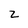
Character: z